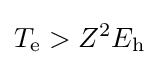
T_{\text{e}}>Z^{2}E_{\text{h}}